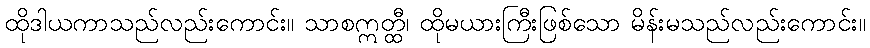
ထိုဒါယကာသည်လည်းကောင်း။ သာစဣတ္ထီ၊ ထိုမယားကြီးဖြစ်သော မိန်းမသည်လည်းကောင်း။